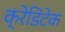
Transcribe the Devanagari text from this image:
क्रेडिटेक